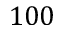
1 0 0